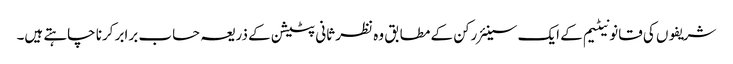
شریفوں کی قانونیٹیم کے ایک سینئر رکن کے مطابق وہ نظر ثانی پٹیشن کے ذریعہ حساب برابر کرنا چاہتے ہیں۔